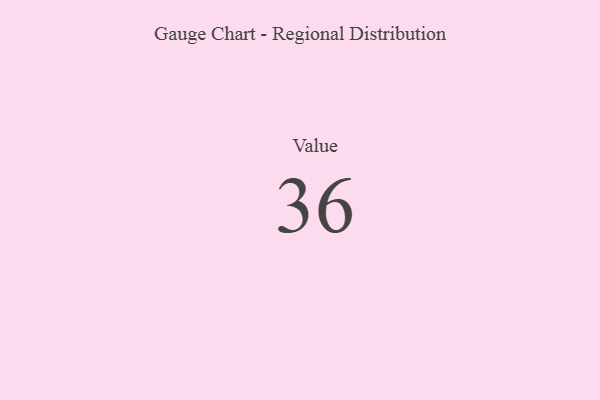
{"axis": {"x": "Metric", "y": "Value"}, "legend": [""], "data": [{"x": "Value", "y": 36, "type": ""}]}